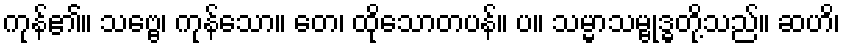
ကုန်၏။ သဗ္ဗေ၊ ကုန်သော။ တေ၊ ထိုသောတပန်။ ပ။ သမ္မာသမ္ဗုဒ္ဓတို့သည်။ ဆဟိ၊